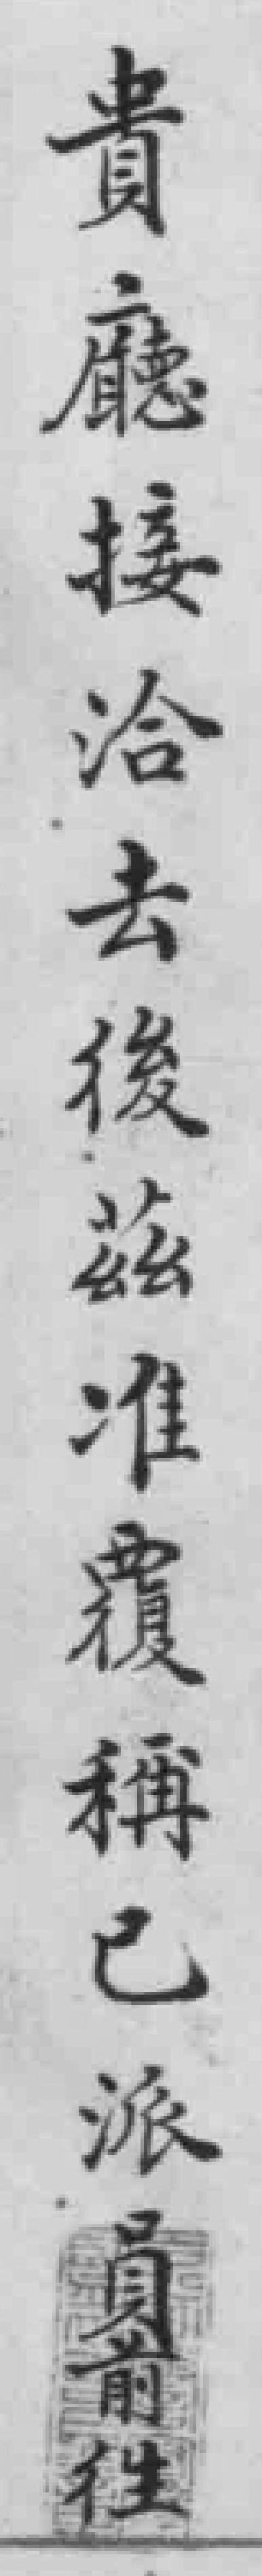
貴廳接洽去後茲准覆稱已派員前往